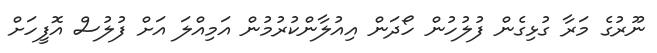
ނޫރުގެ މަރާ ގުޅިގެން ފުލުހުން ހޯދަން އިއުލާންކުރުމުން އަމިއްލަ އަށް ފުލުސް އޮފީހަށް